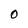
Character: O